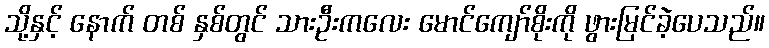
သို့နှင့် နောက် တစ် နှစ်တွင် သားဦးကလေး မောင်ကျော်စိုးကို ဖွားမြင်ခဲ့ပေသည်။